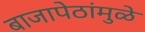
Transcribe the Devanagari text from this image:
बाजापेठांमुळे